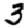
Digit: 3